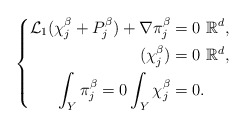
\begin{align*}\left\{\aligned\mathcal{L}_1(\chi_j^\beta +P_j^\beta) +\nabla \pi_j^\beta &= 0 \ \mathbb{R}^d,\\ (\chi_j^\beta) & =0 \ \mathbb{R}^d,\\ \int_Y \pi_j^\beta=0 \int_Y \chi_j^\beta & =0.\endaligned\right.\end{align*}